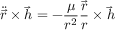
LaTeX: { \ddot { \vec { r } } } \times { \vec { h } } = - { \frac { \mu } { r ^ { 2 } } } { \frac { \vec { r } } { r } } \times { \vec { h } }